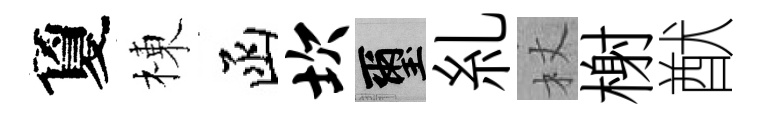
夐棟函坎璽糺杖榭猷